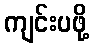
ကျင်းပဖို့